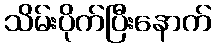
သိမ်းပိုက်ပြီးနောက်